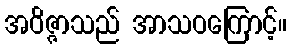
အဝိဇ္ဇာသည် အာသဝကြောင့်။